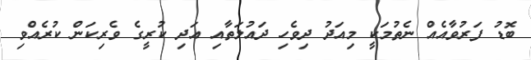
ބޮޑު ފަރުވާއެއް ނެތުމަކީ މިއަދު ދިވެހި ދައުލަތާއި އަދި ކުރީގެ ވެރިކަން ކުރެއްވި